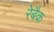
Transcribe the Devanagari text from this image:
रेबैक